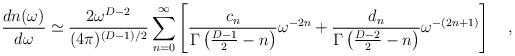
LaTeX: \begin{align*}{dn(\omega) \over d\omega}\simeq{2 \omega^{D-2} \over (4\pi)^{(D-1)/2}}\sum_{n=0}^\infty\left[{c_n\over \Gamma\left({D-1 \over 2}-n\right)} \omega^{-2n}+{d_n \over \Gamma\left({D-2 \over 2}-n\right)} \omega^{-(2n+1)}\right]~~~,\end{align*}